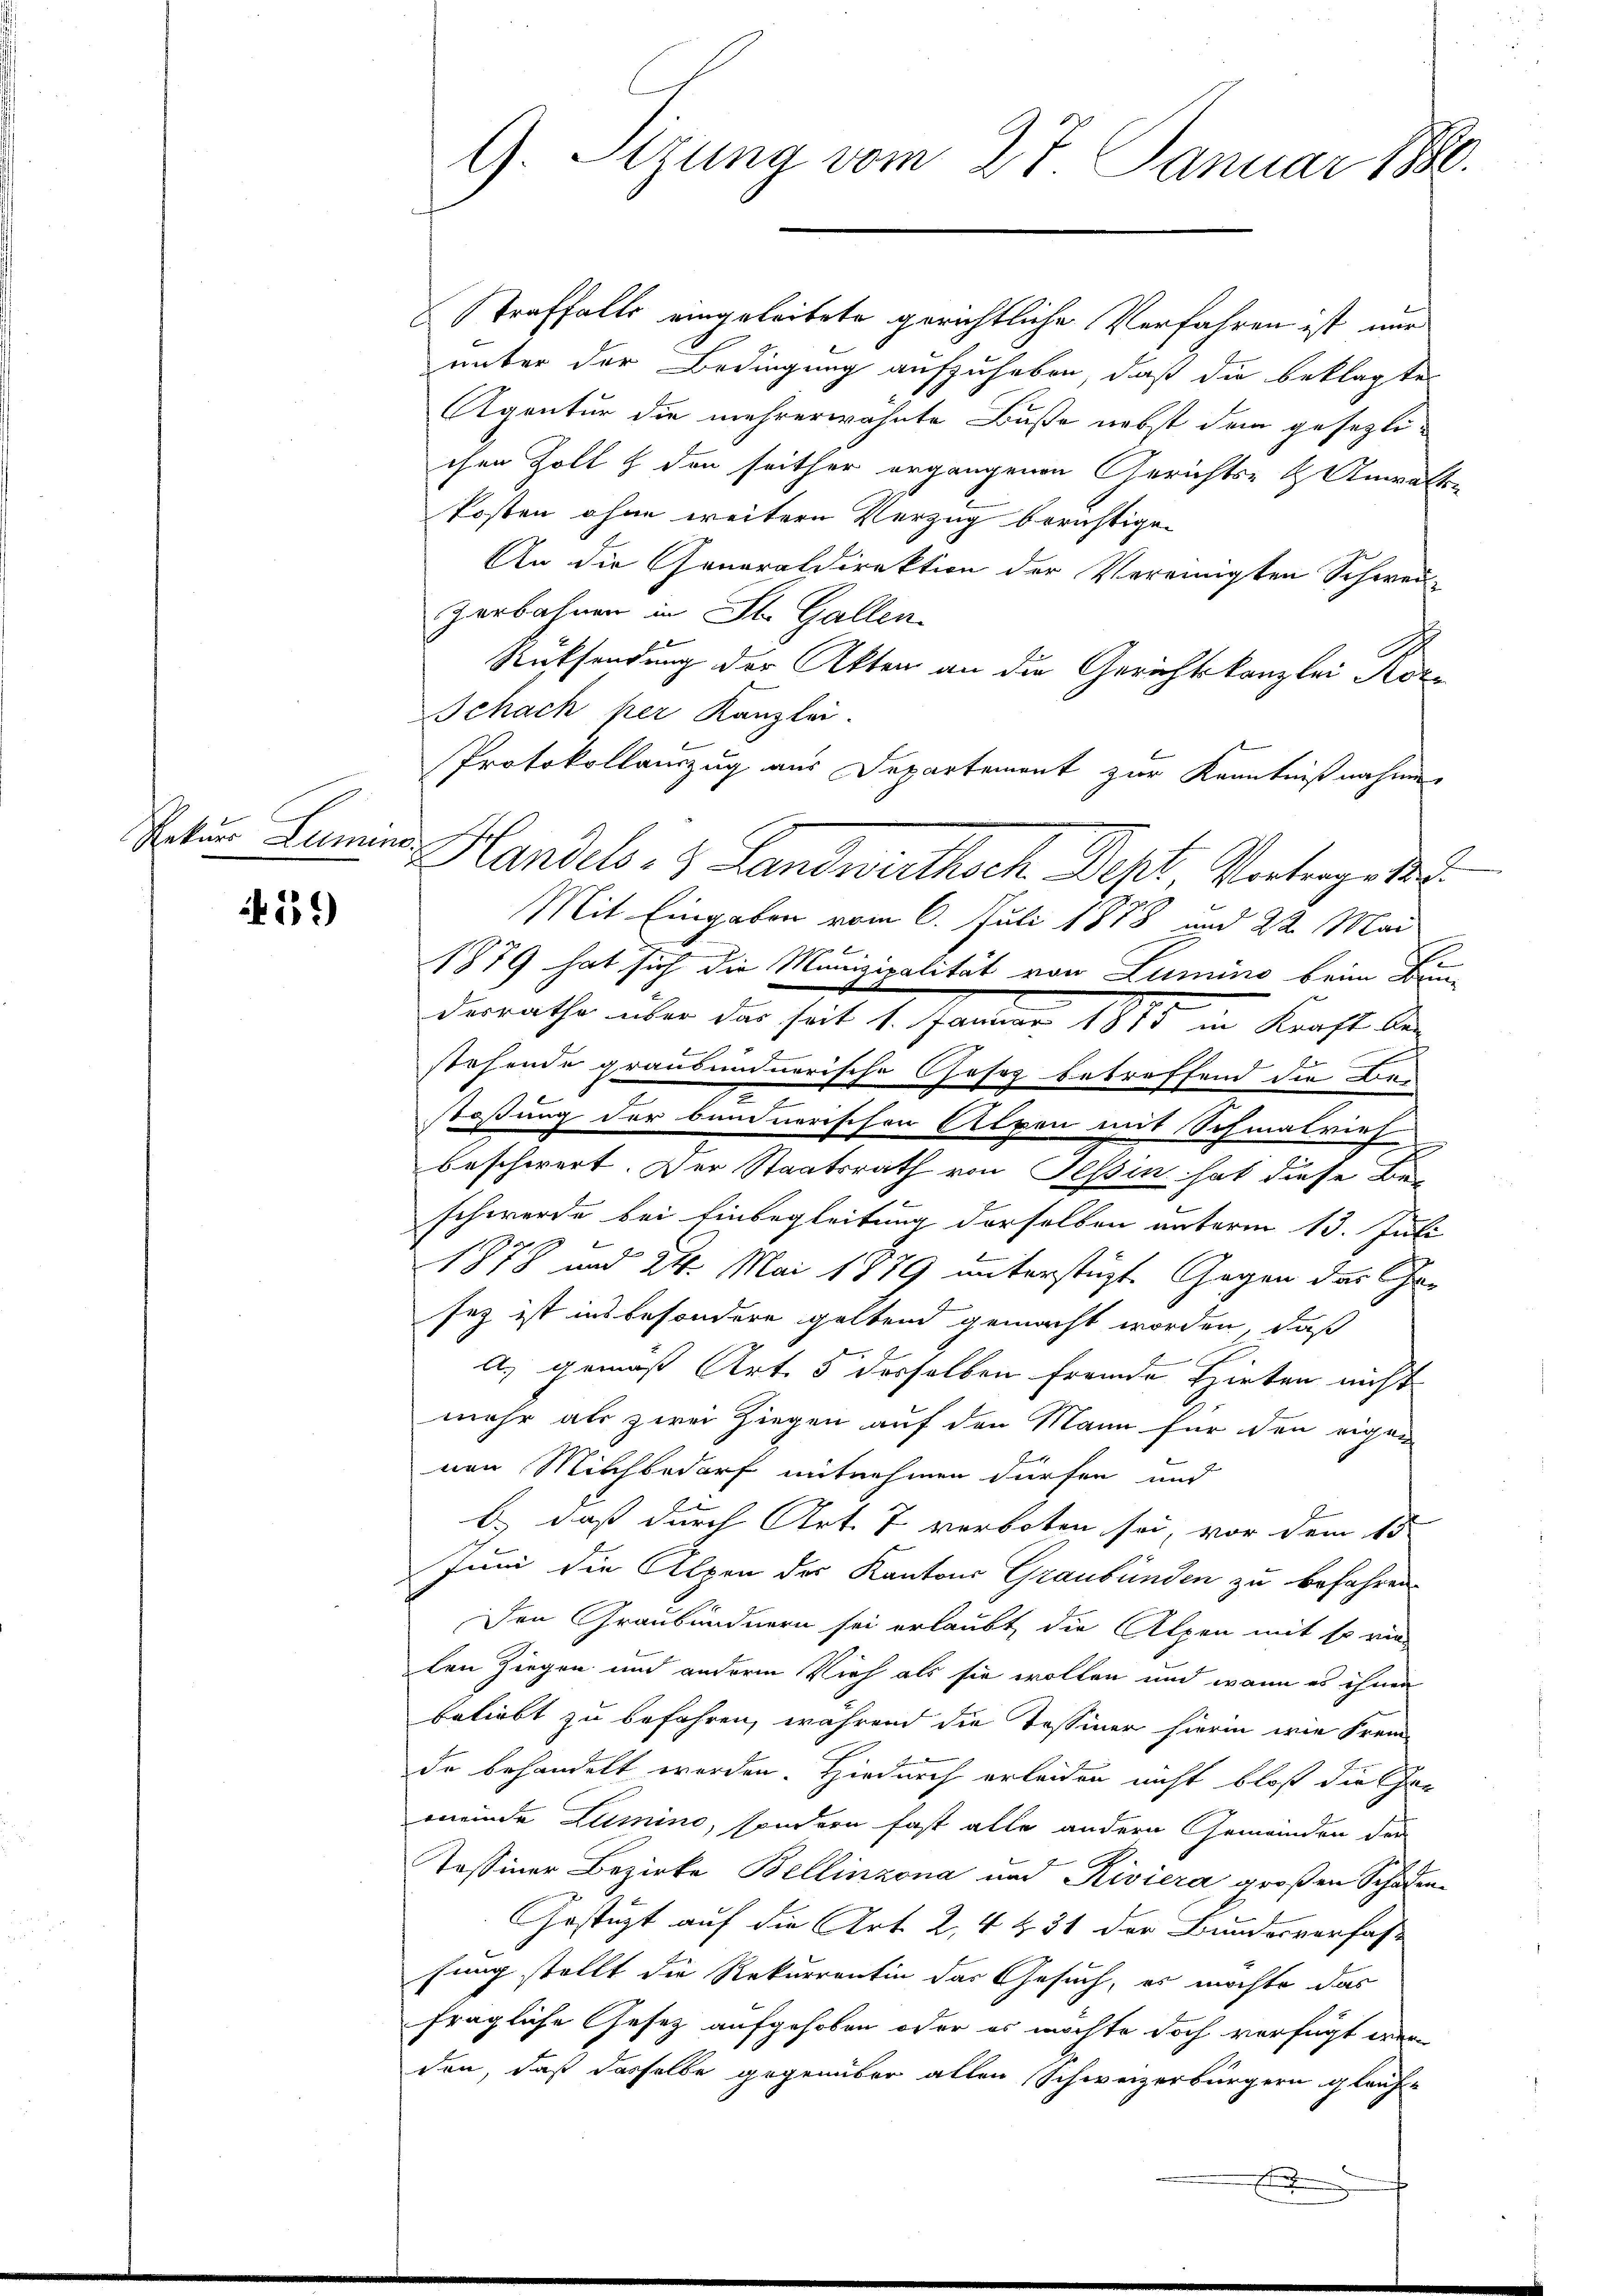
Rekurs Lumine

159)

G. Sizung vom 27. Januar 1880.

Straffalls eingeleitete gerichtliche Verfahren ist nur
unter der Bedingung aufzuheben, daß die beklagte
Agentur die mehrerwähnte Buße nebst dem gesezlichen Zoll & den seither ergangenen Gerichts- & Anwalten
kosten ohne weitere Verzug berichtigen
An die Generaldirektion der Vereinigten Schwei-
Zerbahnen in St. Gallen.
Rücksendung der Akten an die Gerichtskanzlei Ror¬
Schach per Kanzlei.
Protokollanzug aus Departement zur Kenntnißnahme
Handels- & Landwirthsch Dept, Vertrag 188
Mit Eingaben vom 6. Juli 1878 und 22 Mai
1879 hat sich die Munizipalität von Lumino beim Be-
desrathe über das seit 1. Januar 1875 in Kraft be-
stehende grausundnerische Gesez betreffend die Be-
.
taßung der bundnerischen Alpen mit Schmalviehe
beschwert. Der Staatsrath von Tessin hat diese Be-
schwerde bei Einbegleitung derselben unterm 13. Juli
1878 und 216. Mai 1879 unterstüzt. Gegen des Casez ist insbesondere geltend gemacht worden, daß
A) gemäß Art. 5 desselben fremde Hirten nicht
mehr als zwei Ziegen auf den Mann für den eigen
nen Milchbedarf mitnehmen dürfen und
n
b.) daß durch Art. 7 verboten sei, vor dem 15
Juni die Alpen der Kantons Graubünden zu befahren.
Den Graubündnern sei erlaubt die Alpen mit so vie
len Ziegen und andern Vieh als sie wollen und wenn es ihnen
beliebt zu befahren, während die Tessiner hierin wie Frem
E
de behandelt werden. Hiedurch erleiden nicht bloß die Gan
meinde Lumino, sondern fast alle andern Gemeinden der
Tassiner Bezirke Bellinzona und Riviera großen Schaden-
Gestüzt auf die Art. 2, 4 & 31 der Bundesverfas-
fung stellt die Rekurrentin das Gesuch, es möchte das
fragliche Gesetz aufgehoben oder es möchte doch verfügt wer-
den, daß dasselbe gegenüber allen Schweizerbürgern gleiche
x